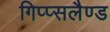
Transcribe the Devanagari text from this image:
गिप्प्सलैण्ड